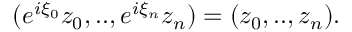
( e ^ { i \xi _ { 0 } } z _ { 0 } , . . , e ^ { i \xi _ { n } } z _ { n } ) = ( z _ { 0 } , . . , z _ { n } ) .